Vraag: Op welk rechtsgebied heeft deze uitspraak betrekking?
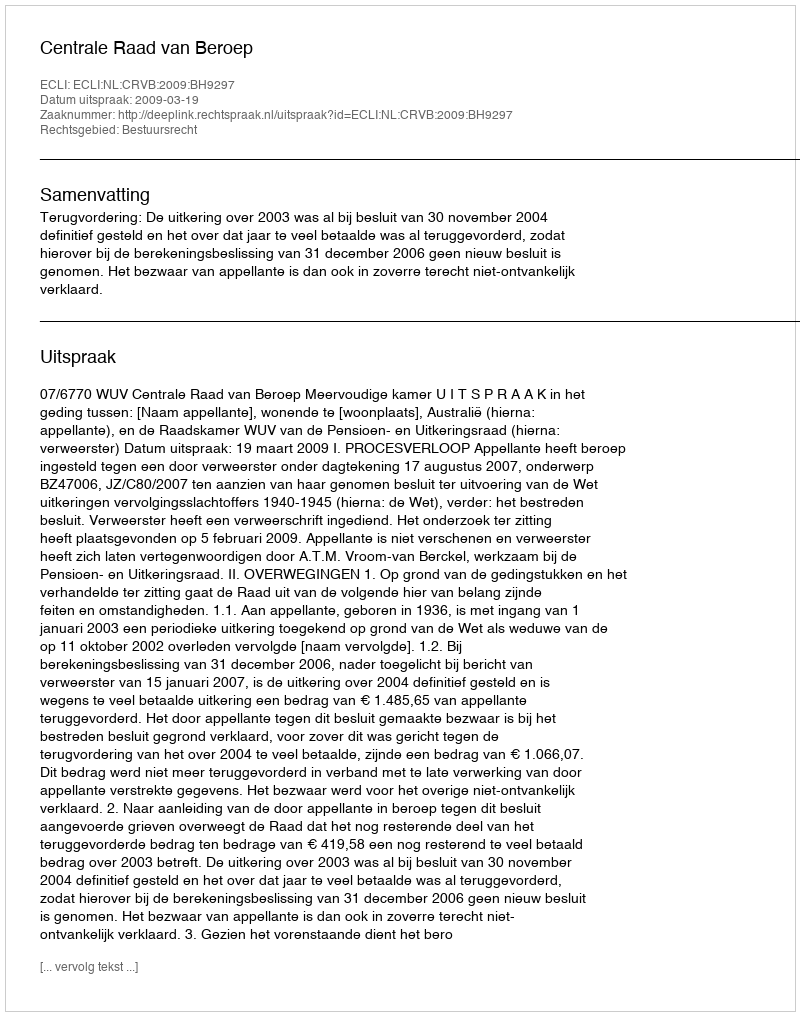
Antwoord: Bestuursrecht